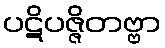
ပဋိပဇ္ဇိတဗ္ဗာ